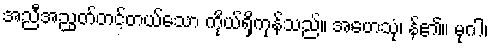
အညီအညွတ်တင့်တယ်သော ကိုယ်ရှိကုန်သည်။ အဟေသုံ၊ န်၏။ မုဂါ၊